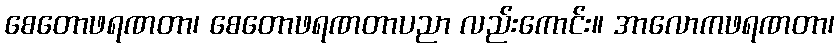
စေတောဖရဏတာ၊ စေတောဖရဏတာပညာ လည်းကောင်း။ အာလောကဖရဏတာ၊